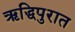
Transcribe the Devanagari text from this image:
ऋद्धिपुरात